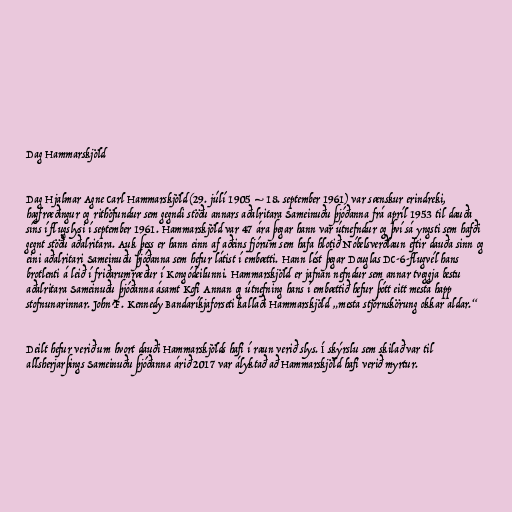
Dag Hammarskjöld

Dag Hjalmar Agne Carl Hammarskjöld (29. júlí 1905 – 18. september 1961) var sænskur erindreki,
hagfræðingur og rithöfundur sem gegndi stöðu annars aðalritara Sameinuðu þjóðanna frá apríl 1953 til dauða
síns í flugslysi í september 1961. Hammarskjöld var 47 ára þegar hann var útnefndur og því sá yngsti sem hafði
gegnt stöðu aðalritara. Auk þess er hann einn af aðeins fjórum sem hafa hlotið Nóbelsverðlaun eftir dauða sinn og
eini aðalritari Sameinuðu þjóðanna sem hefur látist í embætti. Hann lést þegar Douglas DC-6-flugvél hans
brotlenti á leið í friðarumræður í Kongódeilunni. Hammarskjöld er jafnan nefndur sem annar tveggja bestu
aðalritara Sameinuðu þjóðanna ásamt Kofi Annan og útnefning hans í embættið hefur þótt eitt mesta happ
stofnunarinnar. John F. Kennedy Bandaríkjaforseti kallaði Hammarskjöld „mesta stjórnskörung okkar aldar.“

Deilt hefur verið um hvort dauði Hammarskjölds hafi í raun verið slys. Í skýrslu sem skilað var til
allsherjarþings Sameinuðu þjóðanna árið 2017 var ályktað að Hammarskjöld hafi verið myrtur.